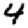
Digit: 4